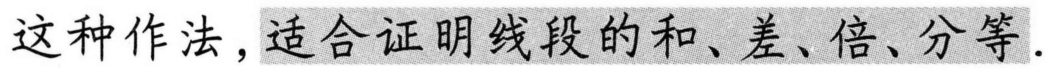
这种作法，适合证明线段的和、差、倍、分等.